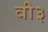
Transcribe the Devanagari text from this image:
वी३